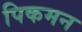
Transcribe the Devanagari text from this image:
पिकमन